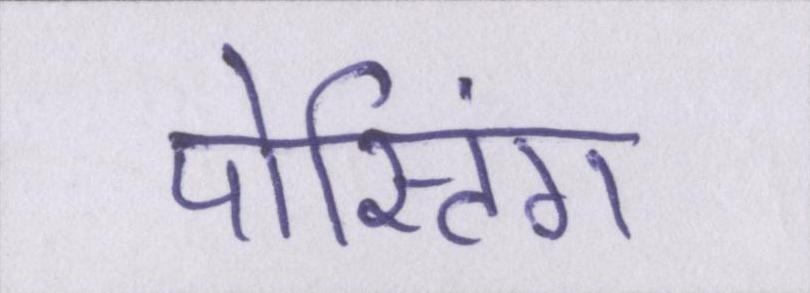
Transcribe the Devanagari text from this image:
पोस्टिंग